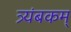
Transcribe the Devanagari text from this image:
त्र्यंबकम्